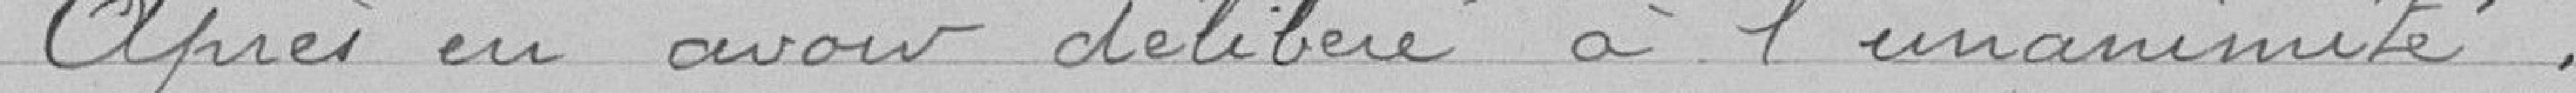
Après en avoir délibéré à l'unanimité;